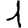
Digit: 1